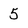
Character: 5